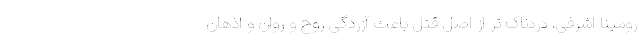
رومینا اشرفی، دردناک تر از اصل قتل باعث آزردگی روح و روان و اذهان